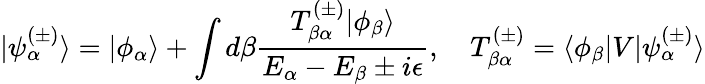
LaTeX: |\psi_{\alpha}^{(\pm)}\rangle=|\phi_{\alpha}\rangle+\int d\beta{\frac{T_{\beta\alpha}^{(\pm)}|\phi_{\beta}\rangle}{E_{\alpha}-E_{\beta}\pm i\epsilon}},\quad T_{\beta\alpha}^{(\pm)}=\langle\phi_{\beta}|V|\psi_{\alpha}^{(\pm)}\rangle